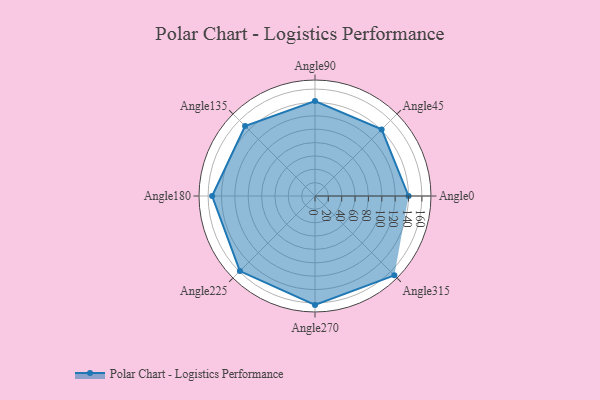
{"axis": {"x": "Angle", "y": "Radius"}, "legend": [""], "data": [{"x": "Angle0", "y": 140.0, "type": ""}, {"x": "Angle45", "y": 141.0, "type": ""}, {"x": "Angle90", "y": 142.0, "type": ""}, {"x": "Angle135", "y": 148.0, "type": ""}, {"x": "Angle180", "y": 154.0, "type": ""}, {"x": "Angle225", "y": 159.0, "type": ""}, {"x": "Angle270", "y": 163.0, "type": ""}, {"x": "Angle315", "y": 168.0, "type": ""}]}